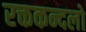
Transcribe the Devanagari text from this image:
रक्तकन्दलो